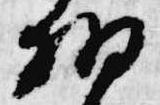
細